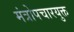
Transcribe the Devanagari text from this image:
मंत्रोपचारयुक्त